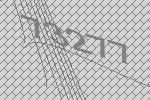
73277